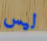
ليس